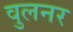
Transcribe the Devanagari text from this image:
वुलनर